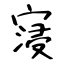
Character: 寖